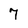
Character: 7